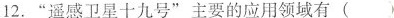
12.”遥感卫星十九号”主要的应用领域有()